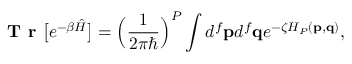
\textbf { T r } \big [ e ^ { - \beta \hat { H } } \big ] = \Big ( \frac { 1 } { 2 \pi \hbar } \Big ) ^ { P } \int d ^ { f } \mathbf { p } d ^ { f } \mathbf { q } e ^ { - \zeta H _ { P } ( \mathbf { p } , \mathbf { q } ) } ,